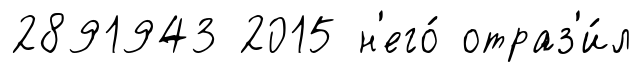
2891943 2015 н'его́ отраз'и́л